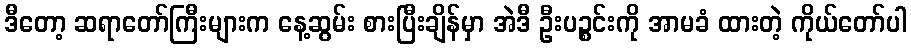
ဒီတော့ ဆရာတော်ကြီးများက နေ့ဆွမ်း စားပြီးချိန်မှာ အဲဒီ ဦးပဉ္စင်းကို အာမခံ ထားတဲ့ ကိုယ်တော်ပါ